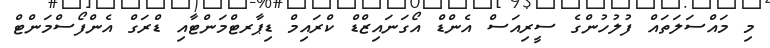
މި މައްސަލަތައް ފުލުހުންގެ ސީރިއަސް އެންޑް އޯގަނައިޒްޑް ކްރައިމް ޑިޕާރޓްމަންޓާއި ޑްރަގް އެންފޯސްމަންޓް